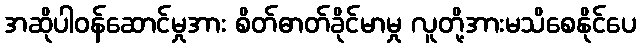
အဆိုပါဝန်ဆောင်မှုအား စိတ်ဓာတ်ခိုင်မာမှု လူတို့အားမသိစေနိုင်ပေ